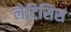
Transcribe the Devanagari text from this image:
लेटिसिस